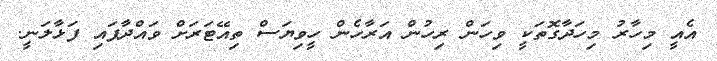
އެއީ މިހާރު މިހަދާގޮތަކީ ވިހަން ރިހުން އަރާހެން ހީވިޔަސް ތިއޭޓަރަށް ވައްދާފައި ފަޅާލަނީ.